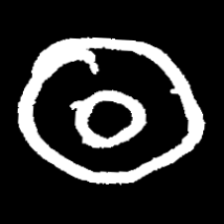
Pyu character \u2014 Myanmar letter: ထ (romanized: tha)